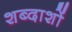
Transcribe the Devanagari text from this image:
शब्दाशों